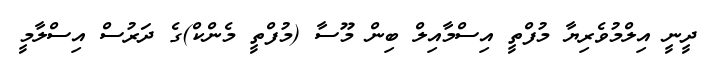
ދީނީ އިލްމުވެރިޔާ މުފްތީ އިސްމާއިލް ބިން މޫސާ (މުފްތީ މެންކް)ގެ ދަރުސް އިސްލާމީ